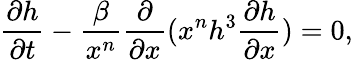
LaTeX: \frac{\partial h}{\partial t}-\frac{\beta}{x^{n}}\frac{\partial}{\partial x}(x^{n}h^{3}\frac{\partial h}{\partial x})=0,